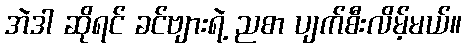
အဲဒါ ဆိုရင် ခင်ဗျားရဲ့ ညစာ ပျက်စီးလိမ့်မယ်။